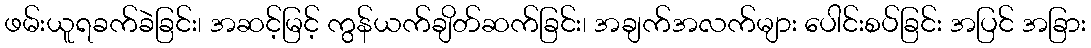
ဖမ်းယူရခက်ခဲခြင်း၊ အဆင့်မြင့် ကွန်ယက်ချိတ်ဆက်ခြင်း၊ အချက်အလက်များ ပေါင်းစပ်ခြင်း အပြင် အခြား